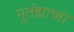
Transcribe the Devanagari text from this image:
मुर्तझाच्या